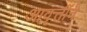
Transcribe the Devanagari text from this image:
आवृत्तींचे